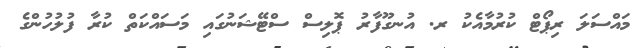
މައްސަލަ ރިޕޯޓް ކުރުމާއެކު ރ. އުނގޫފާރު ޕޮލިސް ސްޓޭޝަނުގައި މަސައްކަތް ކުރާ ފުލުހުންގެ